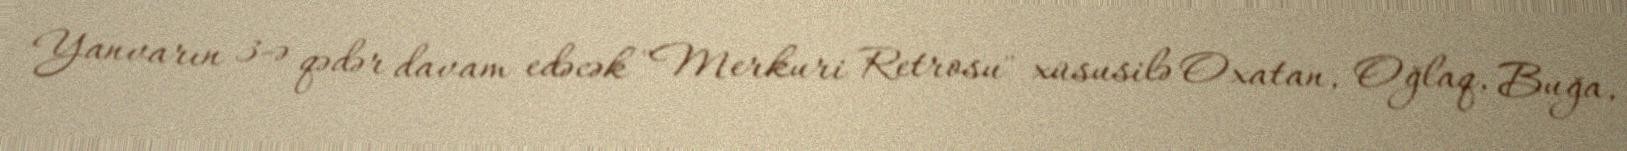
Yanvarın 3-ə qədər davam edəcək "Merkuri Retrosu" xüsusilə Oxatan, Oğlaq, Buğa,